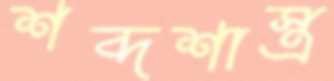
শব্দশাস্ত্র